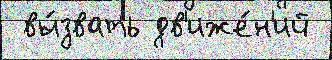
 вы́звать дв'иже́н'ий